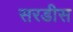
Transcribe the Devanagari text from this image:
सरडीस